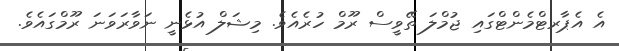
އެ އެޕާރޓްމެންޓްގައި ޖުމްލަ ތޭވީސް ރޫމް ހުރެއެވެ. މިޝަލް އުޅެނީ ނަވާރަވަނަ ރޫމްގައެވެ.